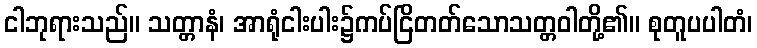
ငါဘုရားသည်။ သတ္တာနံ၊ အာရုံငါးပါး၌ကပ်ငြိတတ်သောသတ္တဝါတို့၏။ စုတူပပါတံ၊